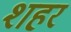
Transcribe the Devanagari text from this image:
श्‍ाहर